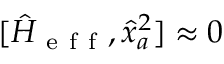
[ \hat { H } _ { \mathrm { ~ e ~ f ~ f ~ } } , \hat { x } _ { a } ^ { 2 } ] \approx 0